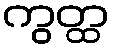
ကွတ္ထ